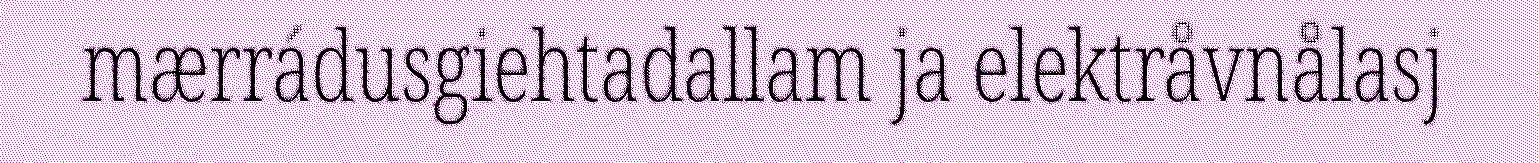
mærrádusgiehtadallam ja elektråvnålasj